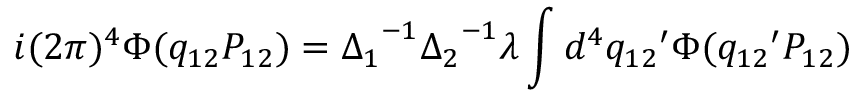
i ( 2 \pi ) ^ { 4 } \Phi ( q _ { 1 2 } P _ { 1 2 } ) = { \Delta _ { 1 } } ^ { - 1 } { \Delta _ { 2 } } ^ { - 1 } \lambda \int d ^ { 4 } { q _ { 1 2 } } ^ { \prime } \Phi ( { q _ { 1 2 } } ^ { \prime } P _ { 1 2 } )